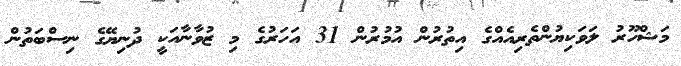
މަޝްހޫރު ލަވަކިޔުންތެރިއެއްގެ އިތުރުން އުމުރުން 31 އަހަރުގެ މި ޒުވާނާއަކީ ދުނިޔޭގެ ނިސްބަތުން